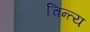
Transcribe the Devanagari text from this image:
चिन्त्य